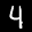
Label: 4